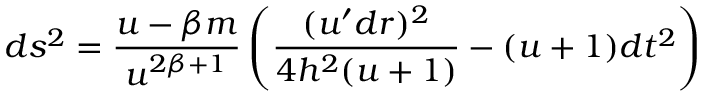
d s ^ { 2 } = \frac { u - \beta m } { u ^ { 2 \beta + 1 } } \left( \frac { ( u ^ { \prime } d r ) ^ { 2 } } { 4 h ^ { 2 } ( u + 1 ) } - ( u + 1 ) d t ^ { 2 } \right)